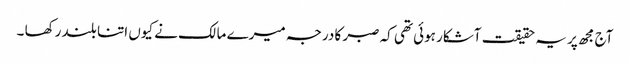
آج مجھ پر یہ حقیقت آشکار ہوئی تھی کہ صبر کا درجہ میرے مالک نے کیوں اتنا بلند رکھا ۔